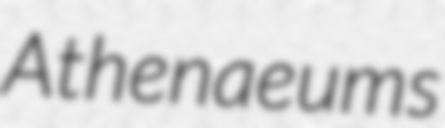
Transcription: Athenaeums